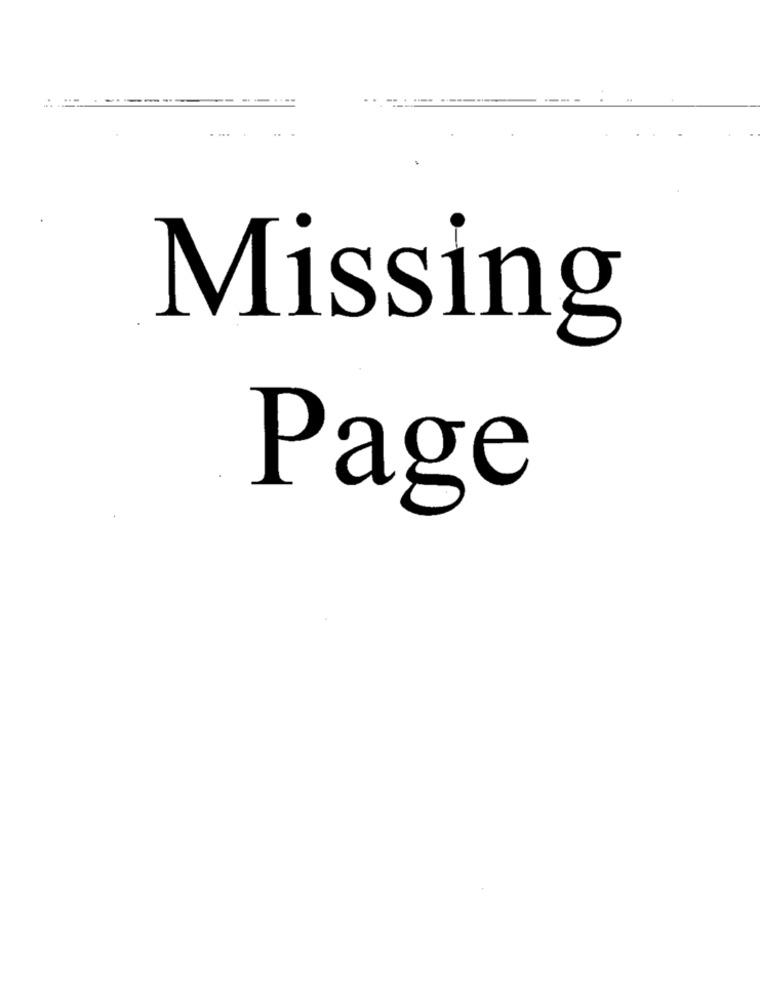
Missing
Page